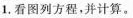
1.看图列方程，并计算。